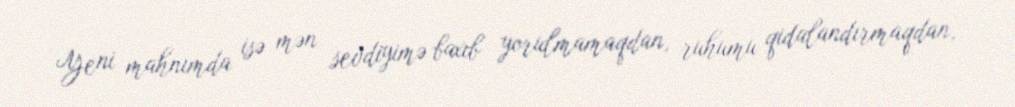
Yeni mahnımda isə mən sevdiyimə baxıb yorulmamaqdan, ruhumu qidalandırmaqdan,